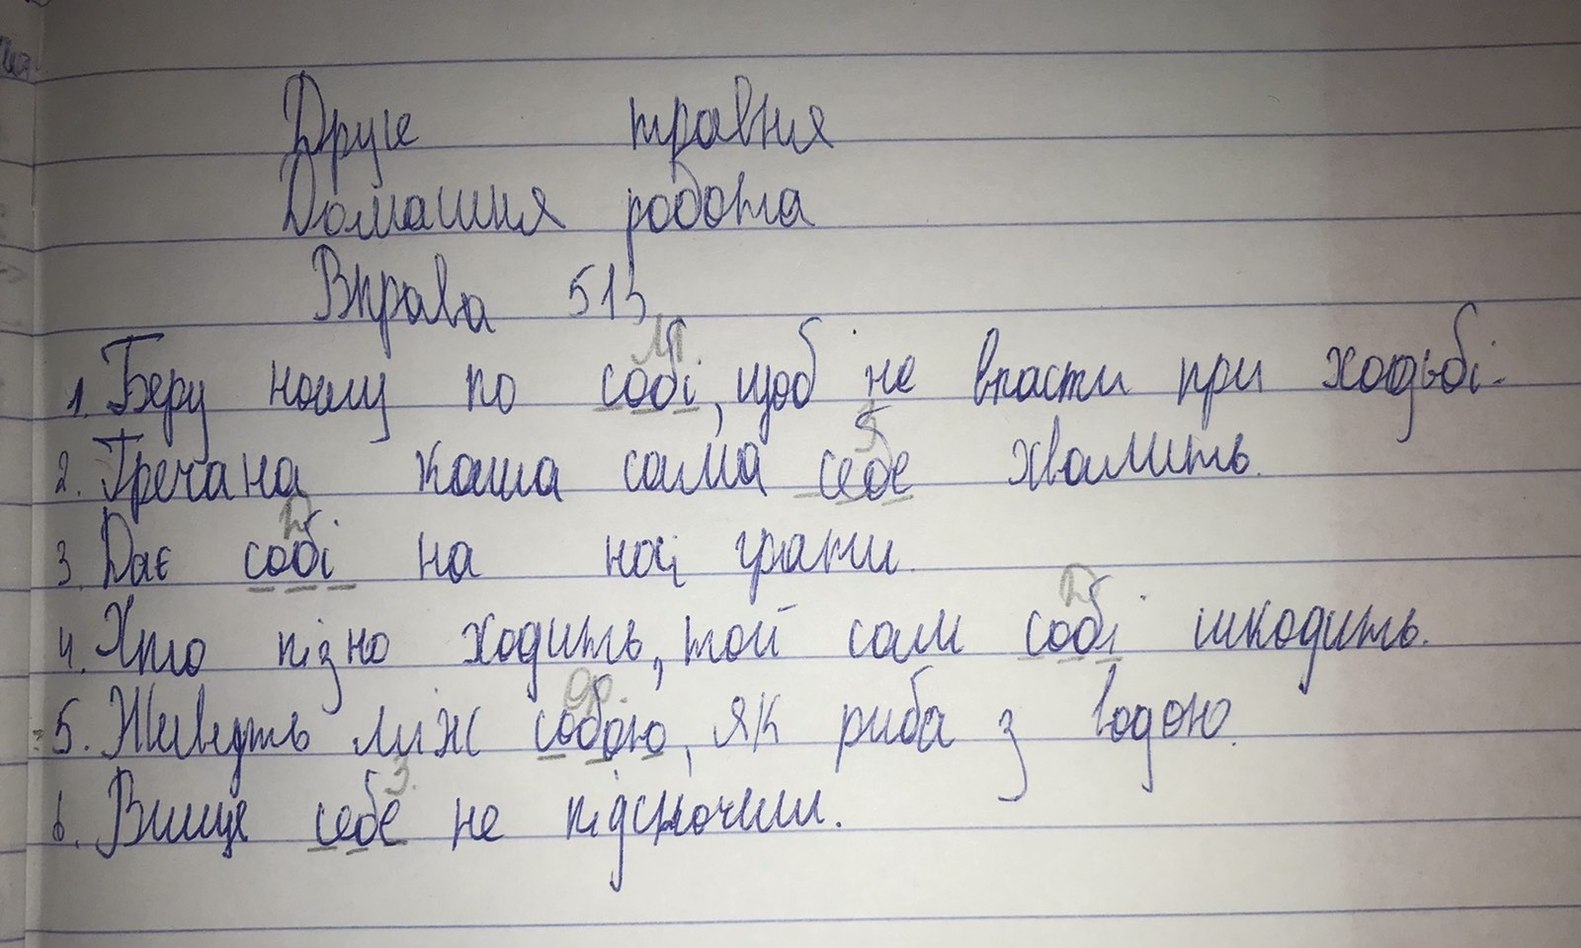
Друге травня
Домашня робота
Вправа 513
1. Беру ношу по собі, щоб не впасти при ходьбі.
М
З
2. Гречана каша сама себе хвалить.
Д
3. Дає собі на носі грати.
Д
4. Хто пізно ходить, той сам собі шкодить.
Ор.
5. Живуть між собою, як риба з водою.
З.
6. Вище себе не підскочиш.